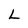
Character: L